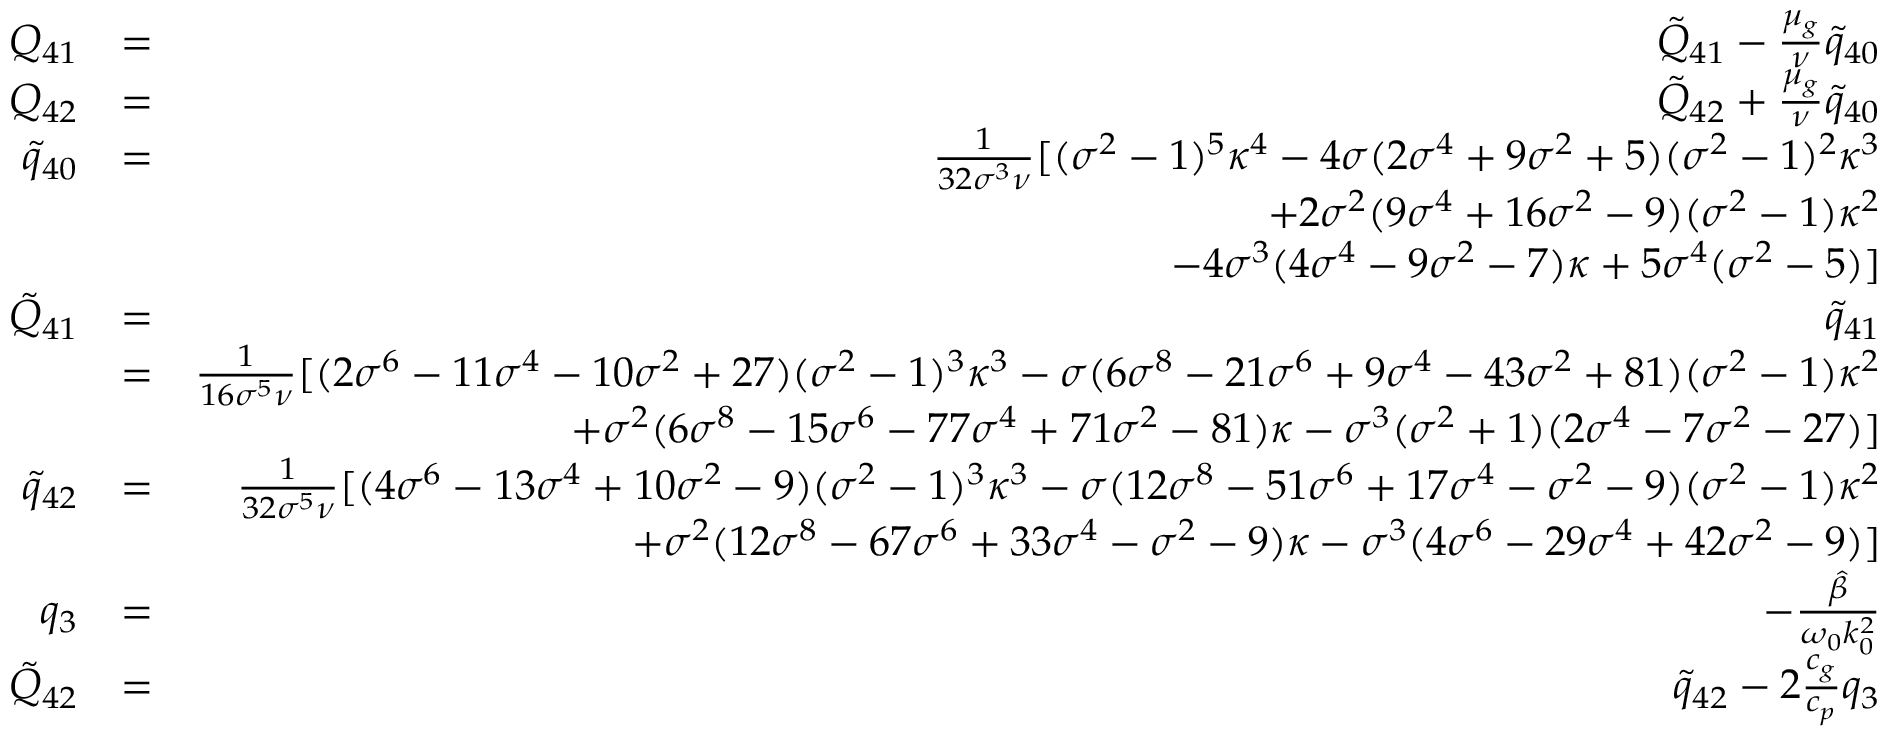
\begin{array} { r l r } { Q _ { 4 1 } } & { = } & { \tilde { Q } _ { 4 1 } - \frac { \mu _ { g } } { \nu } \tilde { q } _ { 4 0 } } \\ { Q _ { 4 2 } } & { = } & { \tilde { Q } _ { 4 2 } + \frac { \mu _ { g } } { \nu } \tilde { q } _ { 4 0 } } \\ { \tilde { q } _ { 4 0 } } & { = } & { \frac { 1 } { 3 2 \sigma ^ { 3 } \nu } [ ( \sigma ^ { 2 } - 1 ) ^ { 5 } \kappa ^ { 4 } - 4 \sigma ( 2 \sigma ^ { 4 } + 9 \sigma ^ { 2 } + 5 ) ( \sigma ^ { 2 } - 1 ) ^ { 2 } \kappa ^ { 3 } } \\ & { } & { + 2 \sigma ^ { 2 } ( 9 \sigma ^ { 4 } + 1 6 \sigma ^ { 2 } - 9 ) ( \sigma ^ { 2 } - 1 ) \kappa ^ { 2 } } \\ & { } & { - 4 \sigma ^ { 3 } ( 4 \sigma ^ { 4 } - 9 \sigma ^ { 2 } - 7 ) \kappa + 5 \sigma ^ { 4 } ( \sigma ^ { 2 } - 5 ) ] } \\ { \tilde { Q } _ { 4 1 } } & { = } & { \tilde { q } _ { 4 1 } } \\ & { = } & { \frac { 1 } { 1 6 \sigma ^ { 5 } \nu } [ ( 2 \sigma ^ { 6 } - 1 1 \sigma ^ { 4 } - 1 0 \sigma ^ { 2 } + 2 7 ) ( \sigma ^ { 2 } - 1 ) ^ { 3 } \kappa ^ { 3 } - \sigma ( 6 \sigma ^ { 8 } - 2 1 \sigma ^ { 6 } + 9 \sigma ^ { 4 } - 4 3 \sigma ^ { 2 } + 8 1 ) ( \sigma ^ { 2 } - 1 ) \kappa ^ { 2 } } \\ & { } & { + \sigma ^ { 2 } ( 6 \sigma ^ { 8 } - 1 5 \sigma ^ { 6 } - 7 7 \sigma ^ { 4 } + 7 1 \sigma ^ { 2 } - 8 1 ) \kappa - \sigma ^ { 3 } ( \sigma ^ { 2 } + 1 ) ( 2 \sigma ^ { 4 } - 7 \sigma ^ { 2 } - 2 7 ) ] } \\ { \tilde { q } _ { 4 2 } } & { = } & { \frac { 1 } { 3 2 \sigma ^ { 5 } \nu } [ ( 4 \sigma ^ { 6 } - 1 3 \sigma ^ { 4 } + 1 0 \sigma ^ { 2 } - 9 ) ( \sigma ^ { 2 } - 1 ) ^ { 3 } \kappa ^ { 3 } - \sigma ( 1 2 \sigma ^ { 8 } - 5 1 \sigma ^ { 6 } + 1 7 \sigma ^ { 4 } - \sigma ^ { 2 } - 9 ) ( \sigma ^ { 2 } - 1 ) \kappa ^ { 2 } } \\ & { } & { + \sigma ^ { 2 } ( 1 2 \sigma ^ { 8 } - 6 7 \sigma ^ { 6 } + 3 3 \sigma ^ { 4 } - \sigma ^ { 2 } - 9 ) \kappa - \sigma ^ { 3 } ( 4 \sigma ^ { 6 } - 2 9 \sigma ^ { 4 } + 4 2 \sigma ^ { 2 } - 9 ) ] } \\ { q _ { 3 } } & { = } & { - \frac { \hat { \beta } } { \omega _ { 0 } k _ { 0 } ^ { 2 } } } \\ { \tilde { Q } _ { 4 2 } } & { = } & { \tilde { q } _ { 4 2 } - 2 \frac { c _ { g } } { c _ { p } } q _ { 3 } } \end{array}